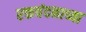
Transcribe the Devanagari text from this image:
रक्तचंदनाच्या